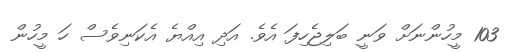
103 މީހުންނަށް ވަނީ ބަލިޖެހިފަ އެވެ. އަދި އިއްޔެ އެކަނިވެސް ހަ މީހުން